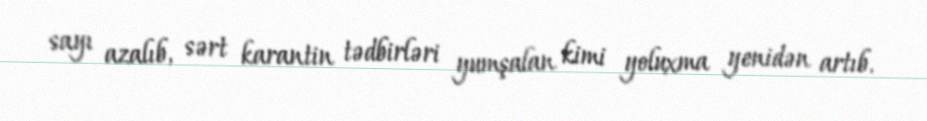
sayı azalıb, sərt karantin tədbirləri yumşalan kimi yoluxma yenidən artıb.